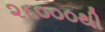
૨૬૦૦૦થી